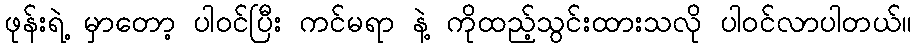
ဖုန်းရဲ့ မှာတော့ ပါဝင်ပြီး ကင်မရာ နဲ့ ကိုထည့်သွင်းထားသလို ပါဝင်လာပါတယ်။